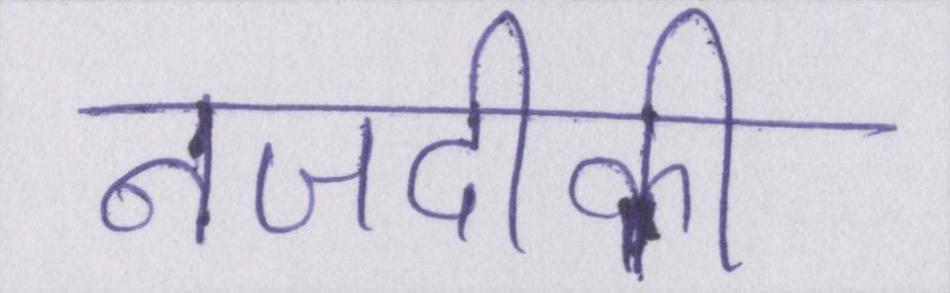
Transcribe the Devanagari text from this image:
नजदीकी